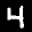
Label: 4